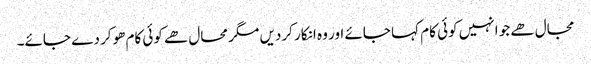
مجال ھے جو انہیں کوئی کام کہا جائے اور وہ انکار کردیں مگر محال ھے کوئی کام ھوکر دے جائے۔